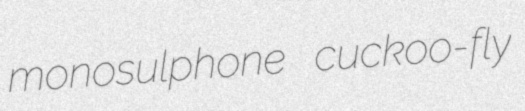
monosulphone cuckoo-fly